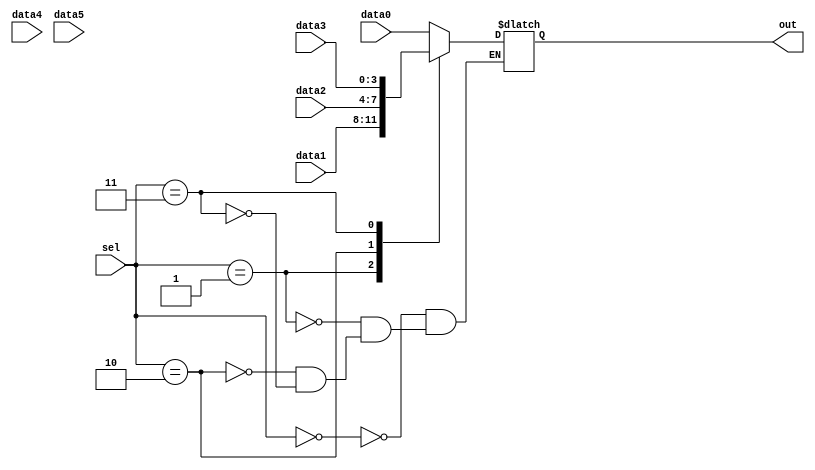
module top_module ( 
    input [2:0] sel, 
    input [3:0] data0,
    input [3:0] data1,
    input [3:0] data2,
    input [3:0] data3,
    input [3:0] data4,
    input [3:0] data5,
    output reg [3:0] out   );//

    always@(*) begin  // This is a combinational circuit
    
    	// Insert your code here
        case(sel)
            2'b00: out = data0;
            2'b01: out = data1;
            2'b10: out = data2;
            2'b11: out = data3;
            2'b00: out = data4;
            2'b01: out = data5;
        endcase
    end

endmodule